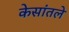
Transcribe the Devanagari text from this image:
केसांतले